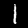
Label: 1